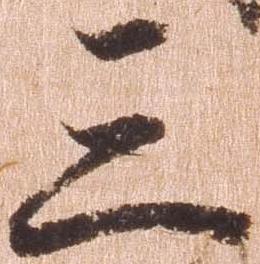
三